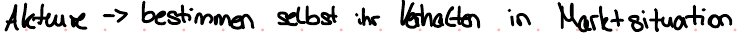
Akteure -> bestimmen selbst ihr Verhalten in Marktsituation